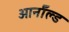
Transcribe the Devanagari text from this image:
आर्नाॅल्ड